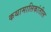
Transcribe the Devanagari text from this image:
कथामालिकांतील